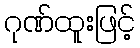
ဂုဏ်ထူးဖြင့်